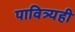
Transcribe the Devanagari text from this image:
पावित्र्यही